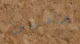
جادين